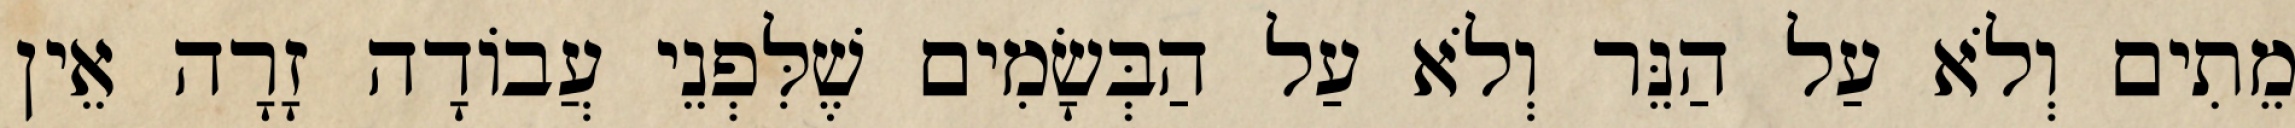
מֵתִים וְלֹא עַל הַנֵּר וְלֹא עַל הַבְּשָׂמִים שֶׁלִּפְנֵי עֲבוֹדָה זָרָה אֵין